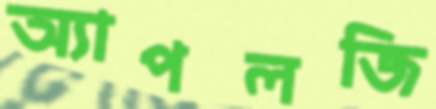
অ্যাপলজি